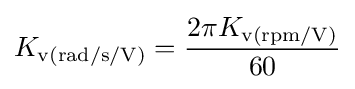
K_{\text{v(rad/s/V)}}={\frac {2\pi K_{\text{v(rpm/V)}}}{60}}